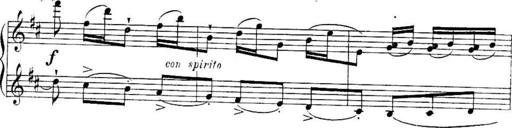
Title: Sonatines
Composer: Hedwige ChrÃ©tien